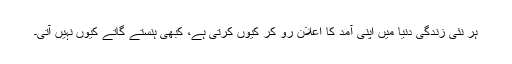
ہر نئی زندگی دنیا میں اپنی آمد کا اعلان رو کر کیوں کرتی ہے، کبھی ہنستے گاتے کیوں نہیں آتی۔